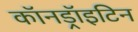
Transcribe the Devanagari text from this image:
कॉनड्रॉइटिन